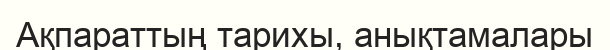
Ақпараттың тарихы, анықтамалары